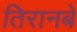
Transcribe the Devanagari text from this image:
तिरानबे